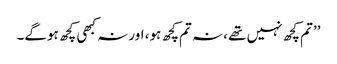
’’تم کچھ نہیں تھے، نہ تم کچھ ہو، اور نہ کبھی کچھ ہوگے۔